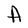
Character: A